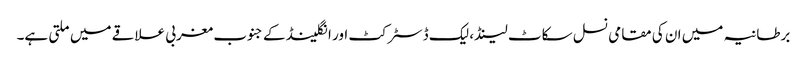
برطانیہ میں ان کی مقامی نسل سکاٹ لینڈ، لیک ڈسٹرکٹ اور انگلینڈ کے جنوب مغربی علاقے میں ملتی ہے۔